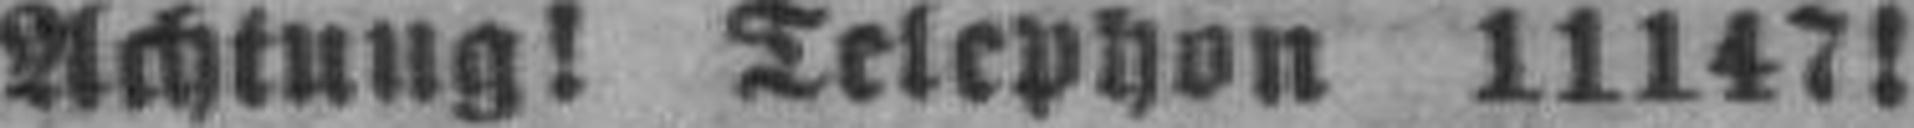
Achtung! Telephon 11147!